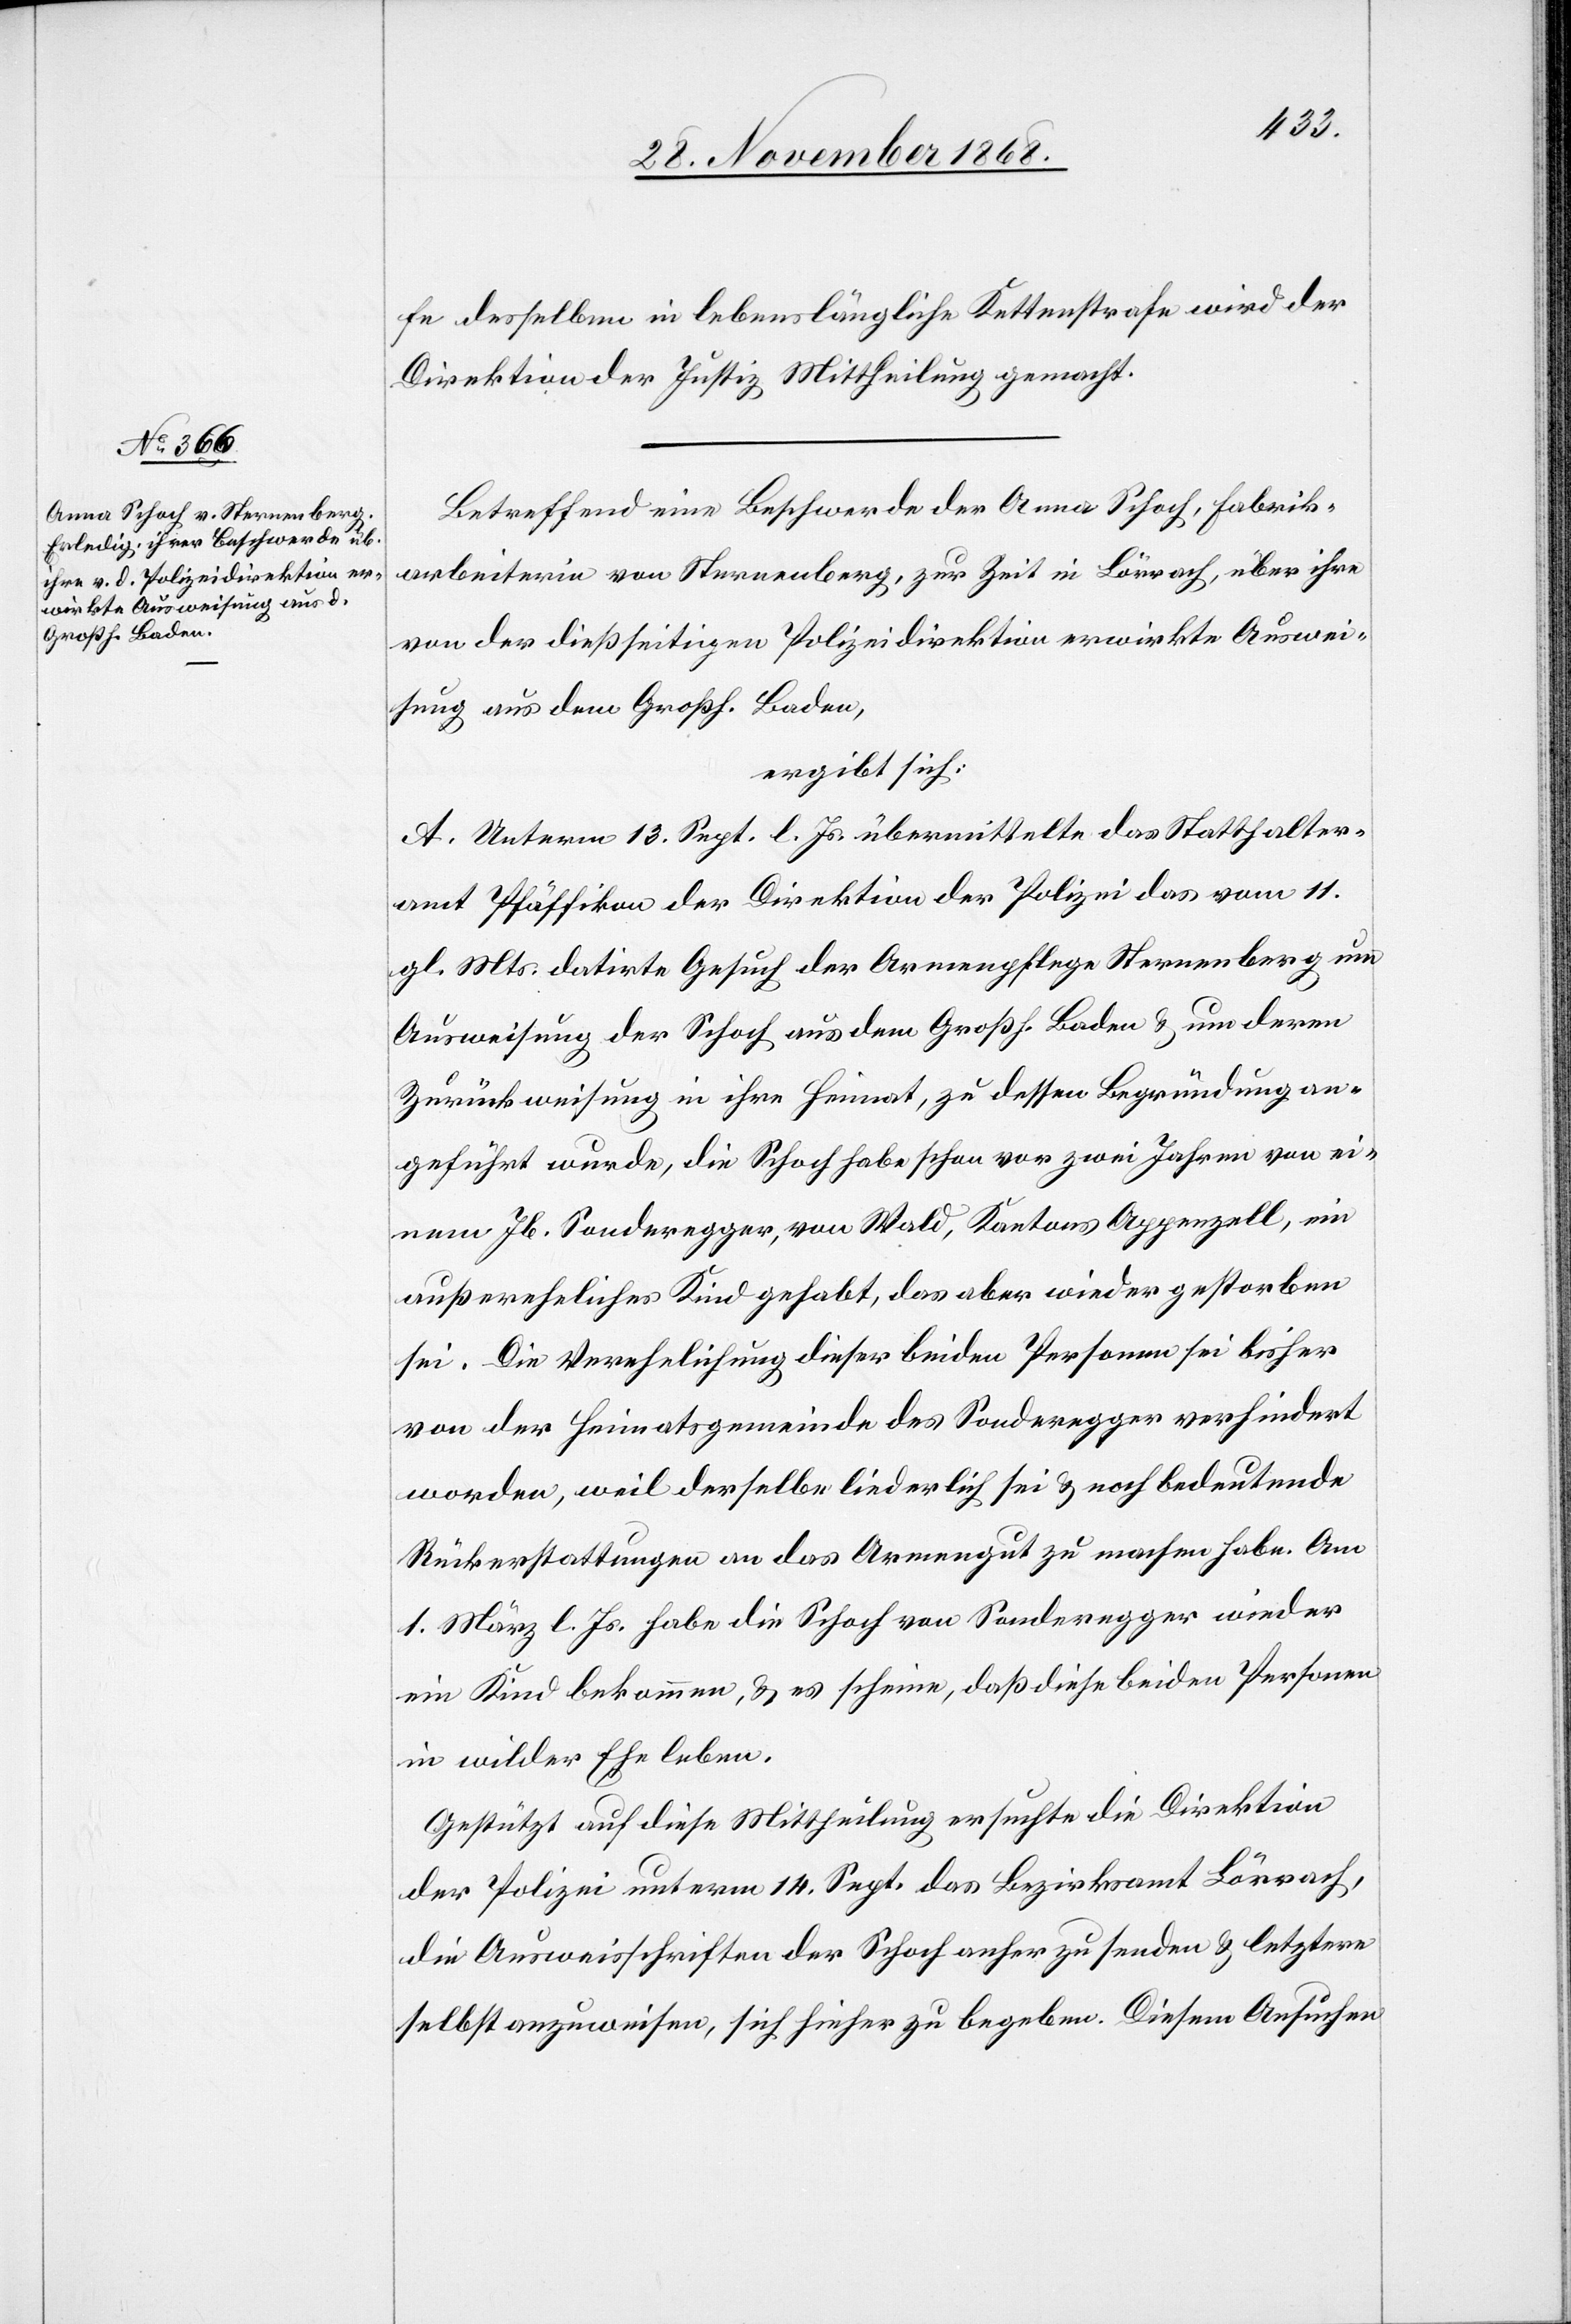
fe desselben in lebenslängliche Kettenstrafe wird der
Direktion der Justiz Mittheilung gemacht.
Betreffend eine Beschwerde der Anna Schoch, Fabrik¬
arbeiterin von Sternenberg, zur Zeit in Lörrach, über ihre
von der dießseitigen Polizeidirektion erwirkte Auswei¬
sung aus dem Großh. Baden,
ergibt sich:
A. Unterm 13. Sept. l. Js. übermittelte das Statthalter¬
amt Pfäffikon der Direktion der Polizei das vom 11.
gl. Mts. datirte Gesuch der Armenpflege Sternenberg um
Ausweisung der Schoch aus dem Großh. Baden & um deren
Zurückweisung in ihre Heimat, zu dessen Begründung an¬
geführt wurde, die Schoch habe schon vor zwei Jahren von ei¬
nem Jb. Sonderegger, von Wald, Kantons Appenzell, ein
außereheliches Kind gehabt, das aber wieder gestorben
sei. Die Verehelichung dieser beiden Personen sei bisher
von der Heimatsgemeinde des Sonderegger verhindert
worden, weil derselbe liederlich sei & noch bedeutende
Rückerstattungen an das Armengut zu machen habe. Am
1. März l. Js. habe die Schoch von Sonderegger wieder
ein Kind bekommen, & es scheine, daß diese beiden Personen
in wilder Ehe leben.
Gestützt auf diese Mittheilung ersuchte die Direktion
der Polizei unterm 14. Sept. das Bezirksamt Lörrach,
die Ausweisschriften der Schoch anher zu senden & letztere
selbst anzuweisen, sich hieher zu begeben. Diesem Ansuchen